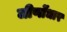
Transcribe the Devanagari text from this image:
जीर्णोंधार